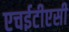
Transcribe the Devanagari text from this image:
एचईटीएसी